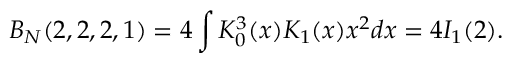
B _ { N } ( 2 , 2 , 2 , 1 ) = 4 \int K _ { 0 } ^ { 3 } ( x ) K _ { 1 } ( x ) x ^ { 2 } d x = 4 I _ { 1 } ( 2 ) .